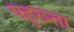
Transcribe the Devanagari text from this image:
पहुछ्ता